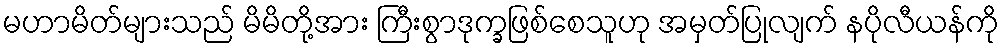
မဟာမိတ်များသည် မိမိတို့အား ကြီးစွာဒုက္ခဖြစ်စေသူဟု အမှတ်ပြုလျက် နပိုလီယန်ကို